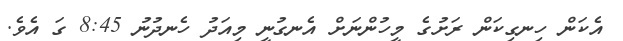
އެކަން ހިނގިކަން ރަށުގެ މީހުންނަށް އެނގުނީ މިއަދު ހެނދުނު 8:45 ގަ އެވެ.